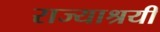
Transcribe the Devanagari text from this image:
राज्याश्रयी